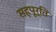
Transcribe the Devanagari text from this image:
सहपूर्ति